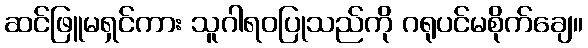
ဆင်ဖြူမရှင်ကား သူဂါရဝပြုသည်ကို ဂရုပင်မစိုက်ချေ။